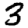
Digit: 3